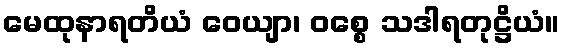
မေထုနာရတိယံ ဝေယျာ၊ ဝစ္စေ သဒါရတုဋ္ဌိယံ။